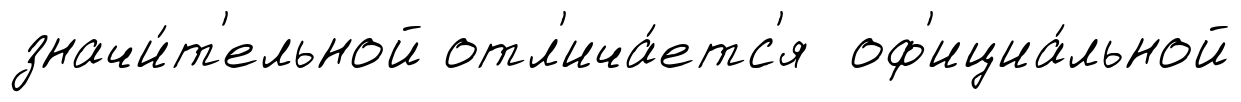
значи́т'ельной отл'ича́етс'я оф'ициа́льной